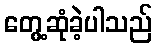
တွေ့ဆုံခဲ့ပါသည်